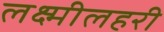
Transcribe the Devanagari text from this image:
लक्ष्मीलहरी